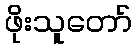
ဖိုးသူတော်